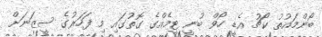
ބޯންމައުތު ކޯޗު އެޑީ ހޯވް ބުނީ ޓީމެއްގެ ގޮތުގައި މި ފަހަރުގެ ސީޒަނަށް